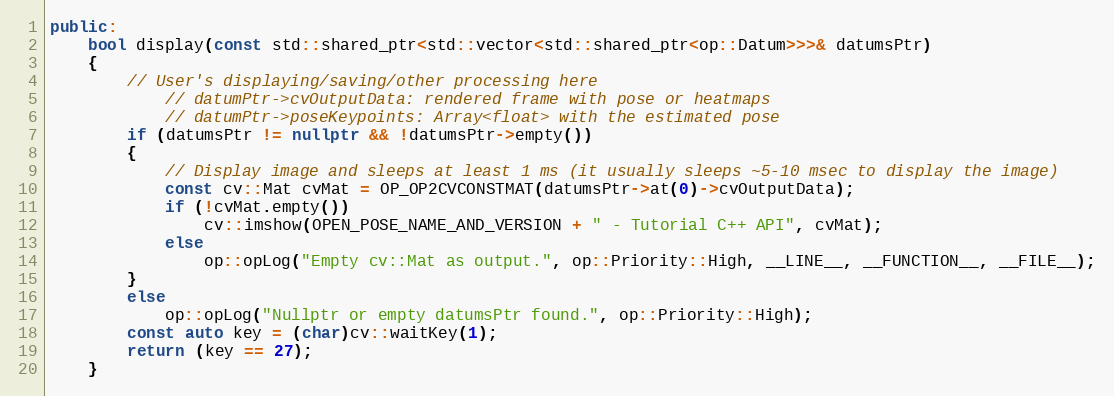
Language: C++
public:
    bool display(const std::shared_ptr<std::vector<std::shared_ptr<op::Datum>>>& datumsPtr)
    {
        // User's displaying/saving/other processing here
            // datumPtr->cvOutputData: rendered frame with pose or heatmaps
            // datumPtr->poseKeypoints: Array<float> with the estimated pose
        if (datumsPtr != nullptr && !datumsPtr->empty())
        {
            // Display image and sleeps at least 1 ms (it usually sleeps ~5-10 msec to display the image)
            const cv::Mat cvMat = OP_OP2CVCONSTMAT(datumsPtr->at(0)->cvOutputData);
            if (!cvMat.empty())
                cv::imshow(OPEN_POSE_NAME_AND_VERSION + " - Tutorial C++ API", cvMat);
            else
                op::opLog("Empty cv::Mat as output.", op::Priority::High, __LINE__, __FUNCTION__, __FILE__);
        }
        else
            op::opLog("Nullptr or empty datumsPtr found.", op::Priority::High);
        const auto key = (char)cv::waitKey(1);
        return (key == 27);
    }